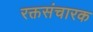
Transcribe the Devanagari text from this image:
रक्तसंचारक